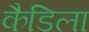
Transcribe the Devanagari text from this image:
कैडिला